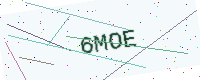
Text: 6MOE